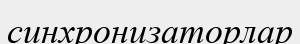
синхронизаторлар